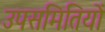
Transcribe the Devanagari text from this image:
उपसमितियों